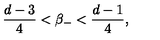
\frac { d - 3 } { 4 } < \beta _ { - } < \frac { d - 1 } { 4 } ,